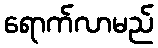
ရောက်လာမည်